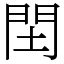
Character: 䦌